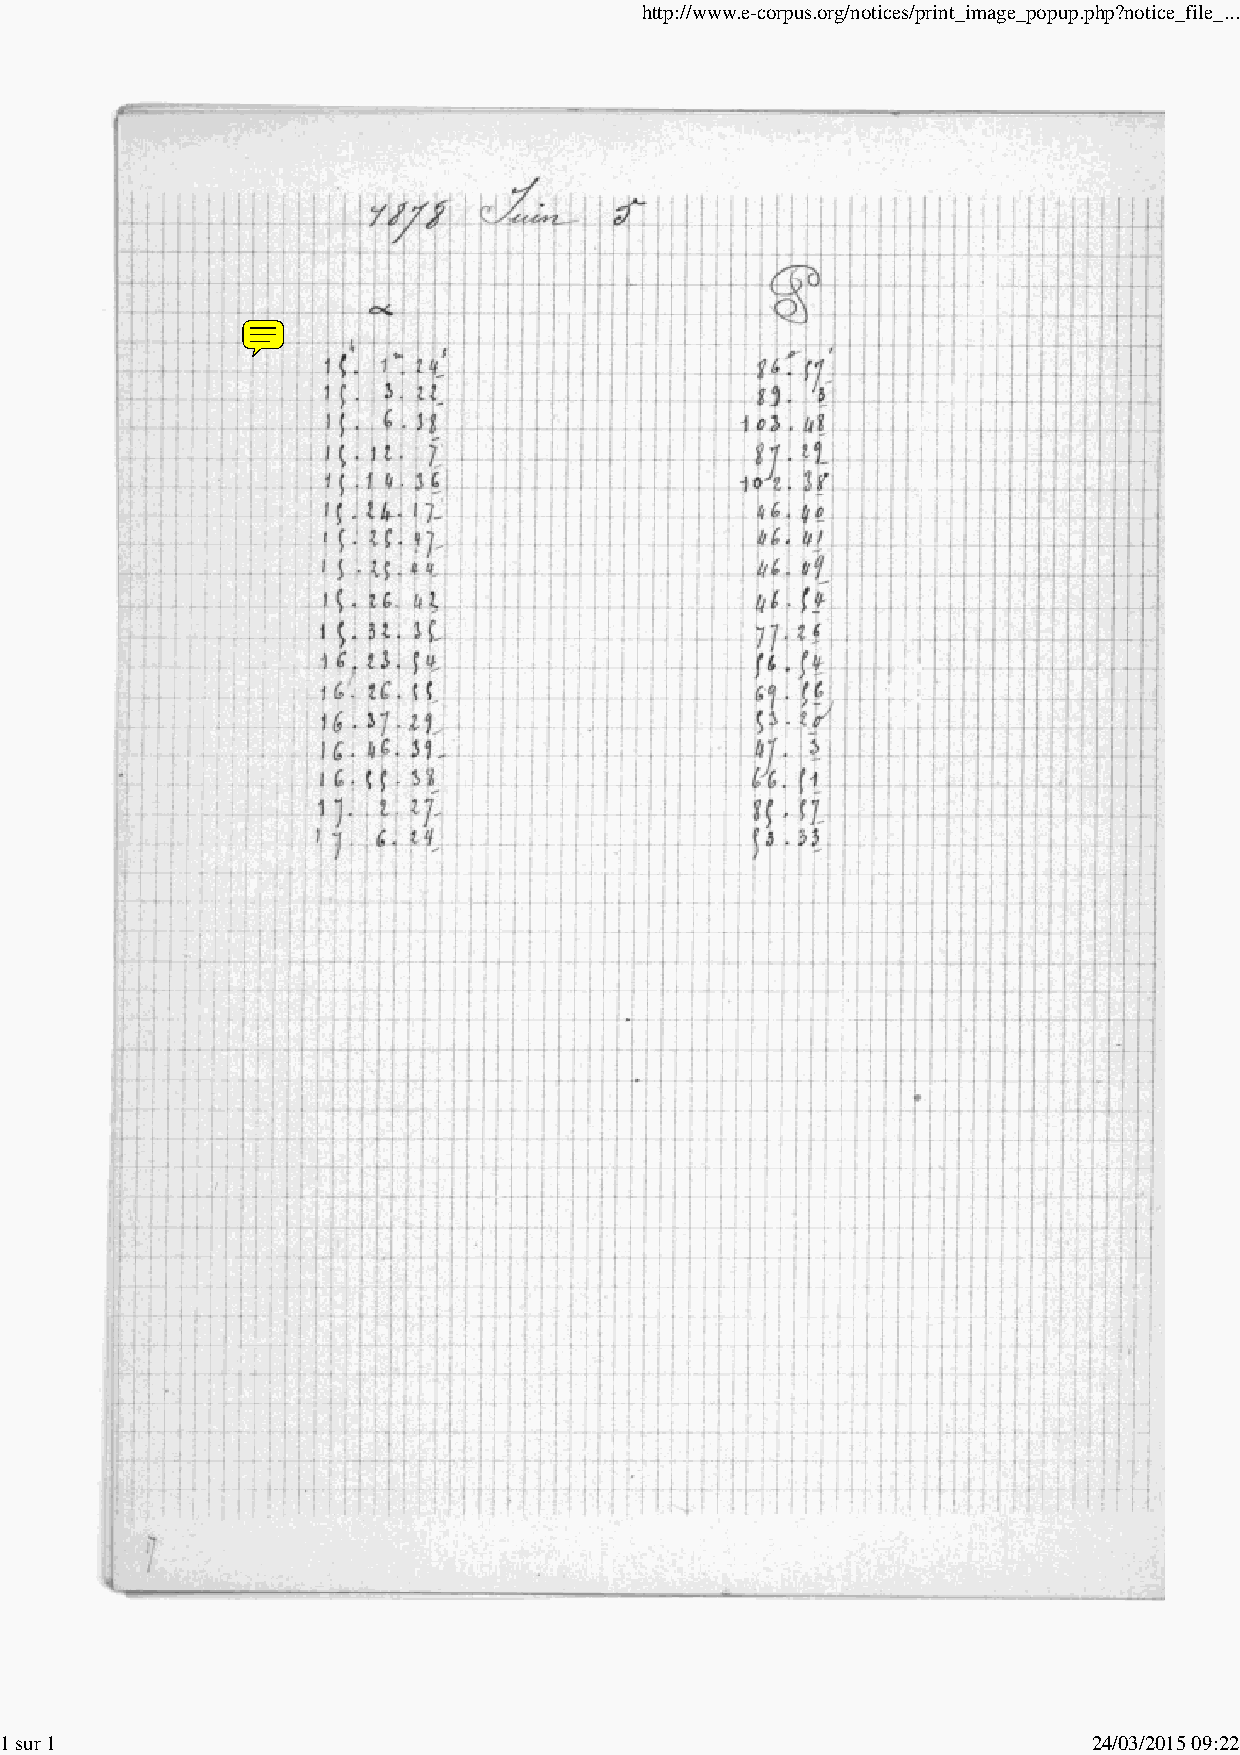
http://www.e-corpus.org/notices/print_image_popup.php?notice_file_...
 1 sur 1                                                                 24/03/2015 09:22